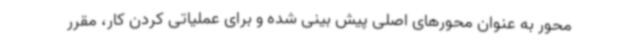
محور به عنوان محورهای اصلی پیش بینی شده و برای عملیاتی کردن کار، مقرر